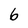
Character: 6